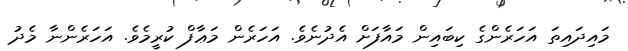
މައިދައިތަ އަހަރެންގެ ކިބައިން މައާފަށް އެދުނެވެ. އަހަރެން މަޢާފް ކުރީމެވެ. އަހަރެންނާ މެދު